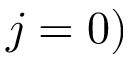
j = 0 )